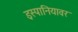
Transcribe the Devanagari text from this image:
इस्पानियावर